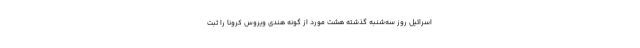
اسرائیل روز سه‌شنبه گذشته هشت مورد از گونه هندی ویروس کرونا را ثبت